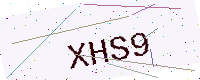
Text: XHS9